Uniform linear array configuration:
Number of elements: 48
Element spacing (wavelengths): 0.75
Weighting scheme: binomial
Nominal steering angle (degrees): -60
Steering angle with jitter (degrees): -61.337
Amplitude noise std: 0.05
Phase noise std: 0.05

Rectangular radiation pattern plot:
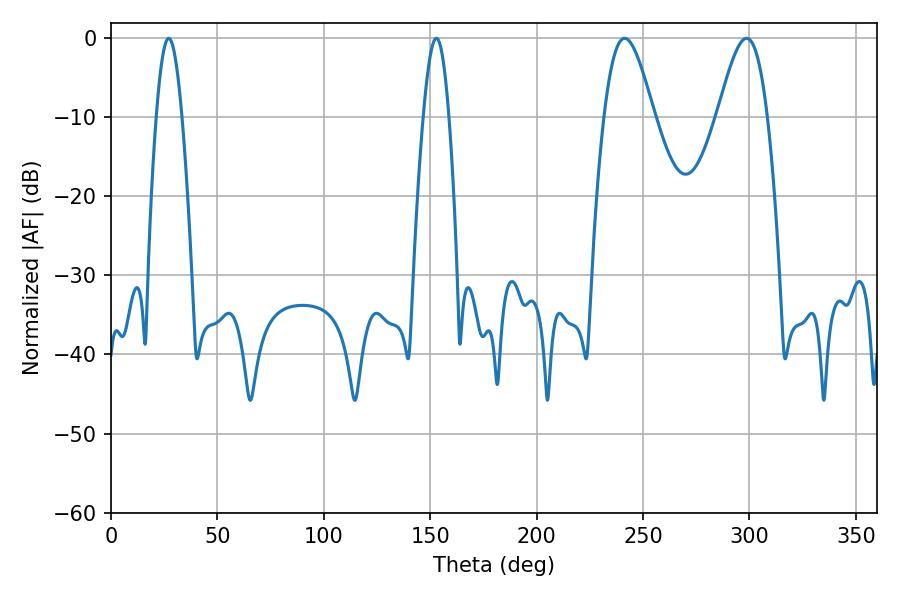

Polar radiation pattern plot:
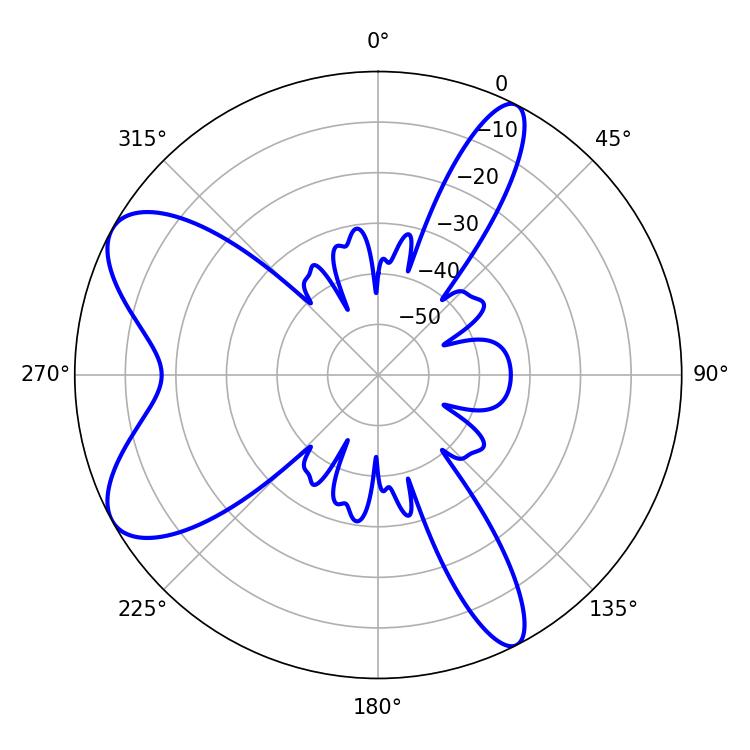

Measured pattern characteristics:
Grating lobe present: TRUE
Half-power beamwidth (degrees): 12.42
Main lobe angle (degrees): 241.38